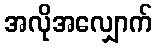
အလိုအလျှောက်